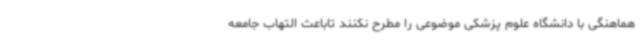
هماهنگی با دانشگاه علوم پزشکی موضوعی را مطرح نکنند تاباعث التهاب جامعه